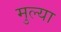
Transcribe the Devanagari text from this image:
मुल्या